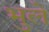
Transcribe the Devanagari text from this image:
भुले